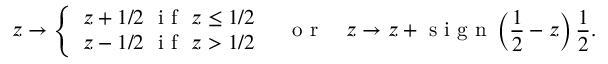
z \to \left\{ \begin{array} { l l } { z + 1 / 2 \ \textrm { i f } \ z \leq 1 / 2 } \\ { z - 1 / 2 \ \textrm { i f } \ z > 1 / 2 } \end{array} \right. \ \ \textrm { o r } \quad z \to z + \textrm { s i g n } \left( \frac { 1 } { 2 } - z \right) \frac { 1 } { 2 } .